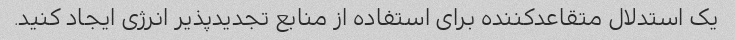
یک استدلال متقاعدکننده برای استفاده از منابع تجدیدپذیر انرژی ایجاد کنید.